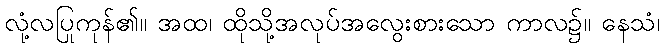
လုံ့လပြုကုန်၏။ အထ၊ ထိုသို့အလုပ်အလွေးစားသော ကာလ၌။ နေသံ၊